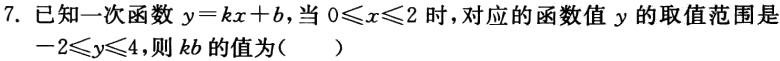
7. 已知一次函数$y = kx + b$，当$0\leqslant x\leqslant2$时，对应的函数值$y$的取值范围是$-2\leqslant y\leqslant4$，则$kb$的值为（  ）